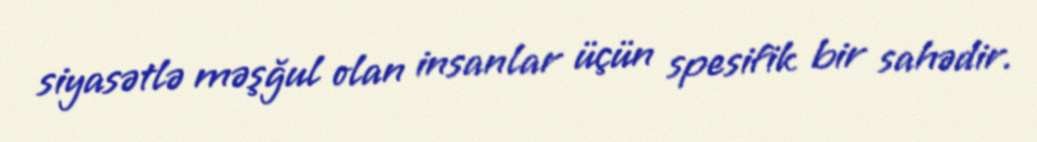
siyasətlə məşğul olan insanlar üçün spesifik bir sahədir.